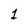
Character: 1